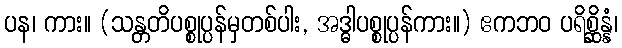
ပန၊ ကား။ (သန္တတိပစ္စုပ္ပန်မှတစ်ပါး, အဒ္ဓါပစ္စုပ္ပန်ကား။) ဧကဘဝ ပရိစ္ဆိန္နံ၊